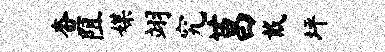
查阻媒翊究莒戴坪